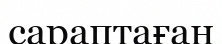
сараптаған